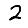
Digit: 2